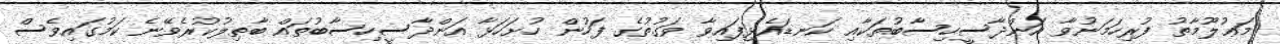
މަޢުލޫމާތު ފުރިހަމަނުވާ އަންދާސީހިސާބުތަކާއި ކަނޑައެޅިފައިވާ ވަގުތުގެ ފަހުން ހުށަހަޅާ އަންދާސީހިސާބުތައް ބާޠިލުކުރެވޭނެ ކަމުގައިވެސް